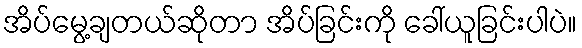
အိပ်မွေ့ချတယ်ဆိုတာ အိပ်ခြင်းကို ခေါ်ယူခြင်းပါပဲ။